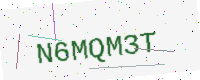
Text: N6MQM3T